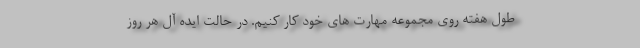
طول هفته روی مجموعه مهارت های خود کار کنیم. در حالت ایده آل هر روز